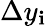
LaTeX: \Delta{y}_{\mathbf{i}}